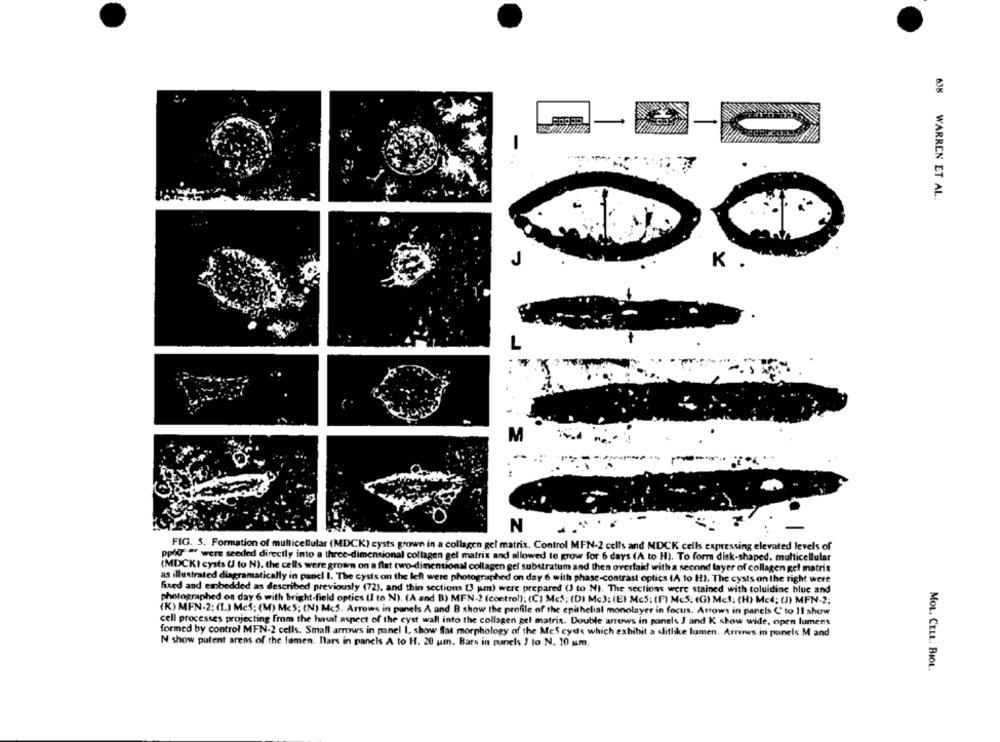
638 WARREN ET AL.
K .
M
N
FIG. 5. Formation of multicellular (MDCK) cysts grown in a collagen gel matrix. Control MFN-2 cells and MDCK cells expressing elevated levels of
ppio" " were seeded directly into a three-dimensional collagen gel matrix and allowed to grow for 6 days (A to H). To form disk-shaped. multicellular
(MDCKI cysts ( to N). the cells were grown on a flat two-dimensional collagen gel substratum and then overlaid with a second layer of collagen gel matrix
as illustrated diagramatically in panel I. The cysts on the left were photographed on day 6 with phase-contrast optics (A to H). The cysts on the right were
fixed and embedded as described previously (72), and thin sections (3 pm) were prepared (J to NI. The sections were stained with toluidine blue and
photographed on day 6 with bright-field optics (] to N). (A and B) MFN-2 (control); (C) MeS: (D) Mc3: (EI Mc5: (F) Mc5. (G) Mcl; (H) Mc4; () MEN-2;
(K) MEN-2: (L) Mcs; (M) Mc5; (N) Mc5. Arrows in panels A and B show the profile of the epithelial monolayer in focus. Arrows in panels C' to 11 show
cell processes projecting from the hal aspect of the cyst wall into the collagen gel matris. Double arrows in panels J and K show wide, open lumens
formed by control MFN-2 cells. Small arrows in panel L show fat morphology of the Mes cyds which exhibit a slitlike lumen, Arrows in panels M and
N show patent arens of the lamen. Bars in panels A to H. 20 um. Bars in punels ! to N. 10 mm.
MOL. CELL. BIOL.